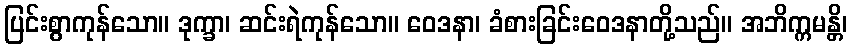
ပြင်းစွာကုန်သော။ ဒုက္ခာ၊ ဆင်းရဲကုန်သော။ ဝေဒနာ၊ ခံစားခြင်းဝေဒနာတို့သည်။ အဘိက္ကမန္တိ၊